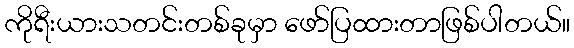
ကိုရီးယားသတင်းတစ်ခုမှာ ဖော်ပြထားတာဖြစ်ပါတယ်။